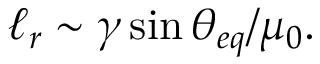
\ell _ { r } \sim \gamma \sin { \theta _ { e q } } / \mu _ { 0 } .